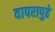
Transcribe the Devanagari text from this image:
वापरापुढे